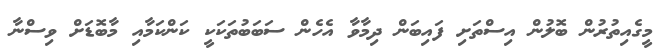
މީގެއިތުރުން ބޮލުން އިސްތަށި ފައިބަން ދިމާވާ އެހެން ސަބަބުތަކަކީ ކަންކަމާއި މާބޮޑަށް ވިސްނާ